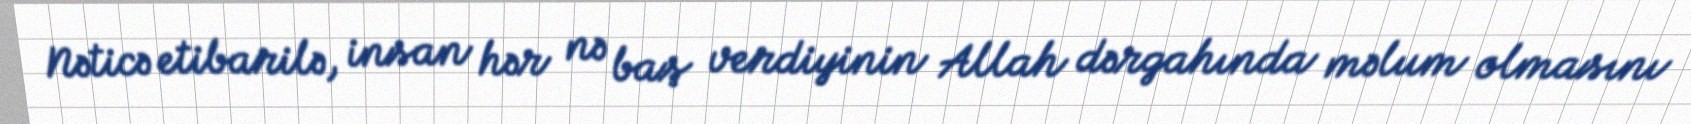
Nəticə etibarilə, insan hər nə baş verdiyinin Allah dərgahında məlum olmasını